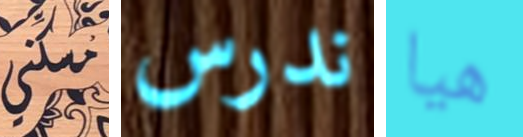
مسكني ندرس هيا